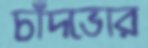
চাঁদভোর